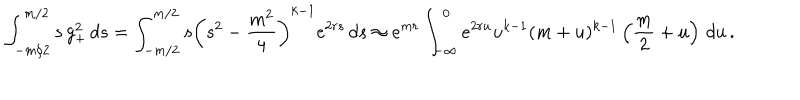
\int _ { - m / 2 } ^ { m / 2 } { s \, g _ { + } ^ { 2 } \, d s } = \int _ { - m / 2 } ^ { m / 2 } { s \left( s ^ { 2 } - \frac { m ^ { 2 } } { 4 } \right) ^ { k - 1 } e ^ { 2 r s } \, d s } \approx e ^ { m r } \int _ { - \infty } ^ { 0 } e ^ { 2 r u } u ^ { k - 1 } ( m + u ) ^ { k - 1 } \left( { \frac { m } { 2 } } + u \right) \, d u \, .